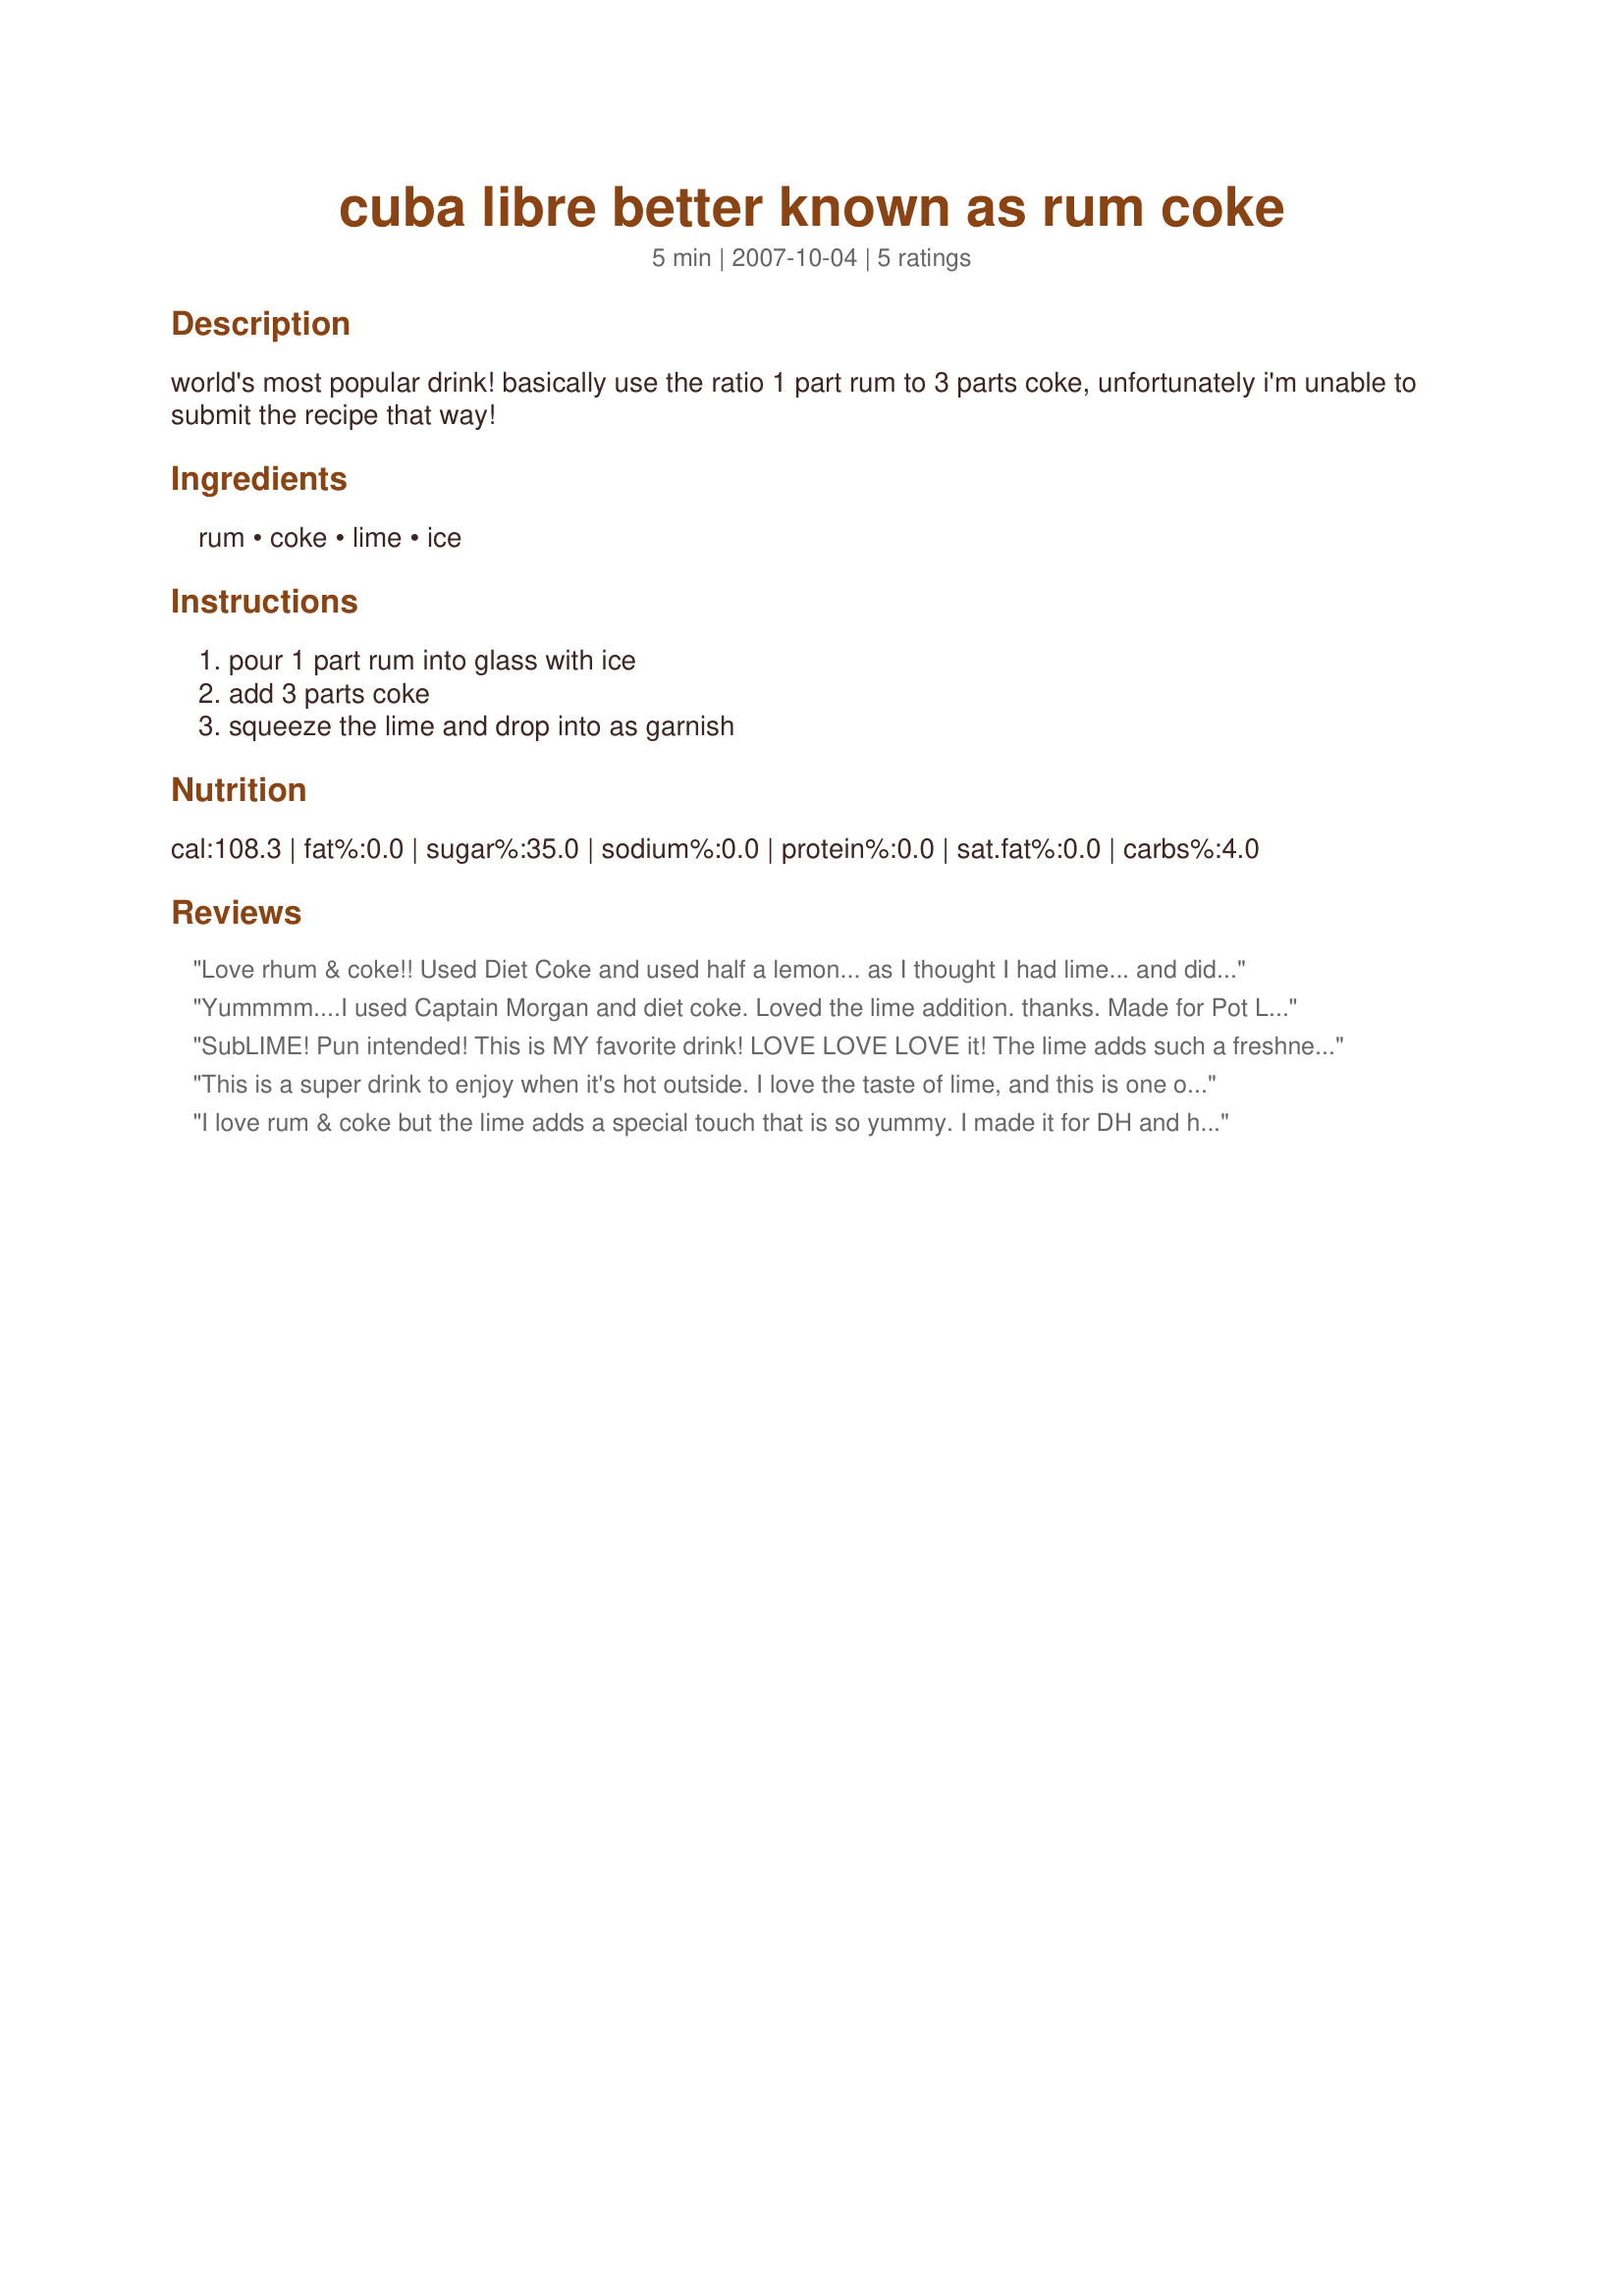
cuba libre better known as rum coke
Preparation time: 5 minutes

world's most popular drink! basically use the ratio 1 part rum to 3 parts coke, unfortunately i'm unable to submit the recipe that way!

Ingredients:
rum, coke, lime, ice

Steps:
pour 1 part rum into glass with ice, add 3 parts coke, squeeze the lime and drop into as garnish

Reviews:
Love rhum & coke!! Used Diet Coke and used half a lemon... as I thought I had lime... and didn't...! Thanks GW!! :)
Yummmm....I used Captain Morgan and diet coke. Loved the lime addition. thanks. Made for Pot Luck Tag :)
SubLIME! Pun intended! This is MY favorite drink! LOVE LOVE LOVE it! The lime adds such a freshness to this! Fabulous! Party on Wench! This is soooo BLUE THONG worthy! lol
This is a super drink to enjoy when it's hot outside. I love the taste of lime, and this is one of those cocktails that really gets that extra "yum" from the fresh lime flavor. At home, I love it with Coke Zero, too. :D
I love rum & coke but the lime adds a special touch that is so yummy. I made it for DH and he loved it. We'll do this again for sure. thanks Galley Wench :) Made for 123 hit wonders
